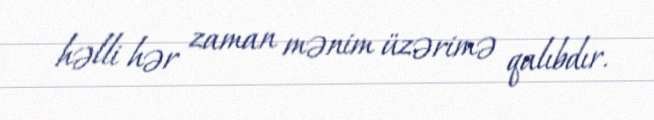
həlli hər zaman mənim üzərimə qalıbdır.